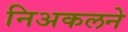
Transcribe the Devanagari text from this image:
निअकलने